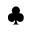
\clubsuit